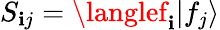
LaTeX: S_{\mathbf{i}j}=\langlef_{\mathbf{i}}|f_{j}\rangle